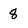
Character: 8